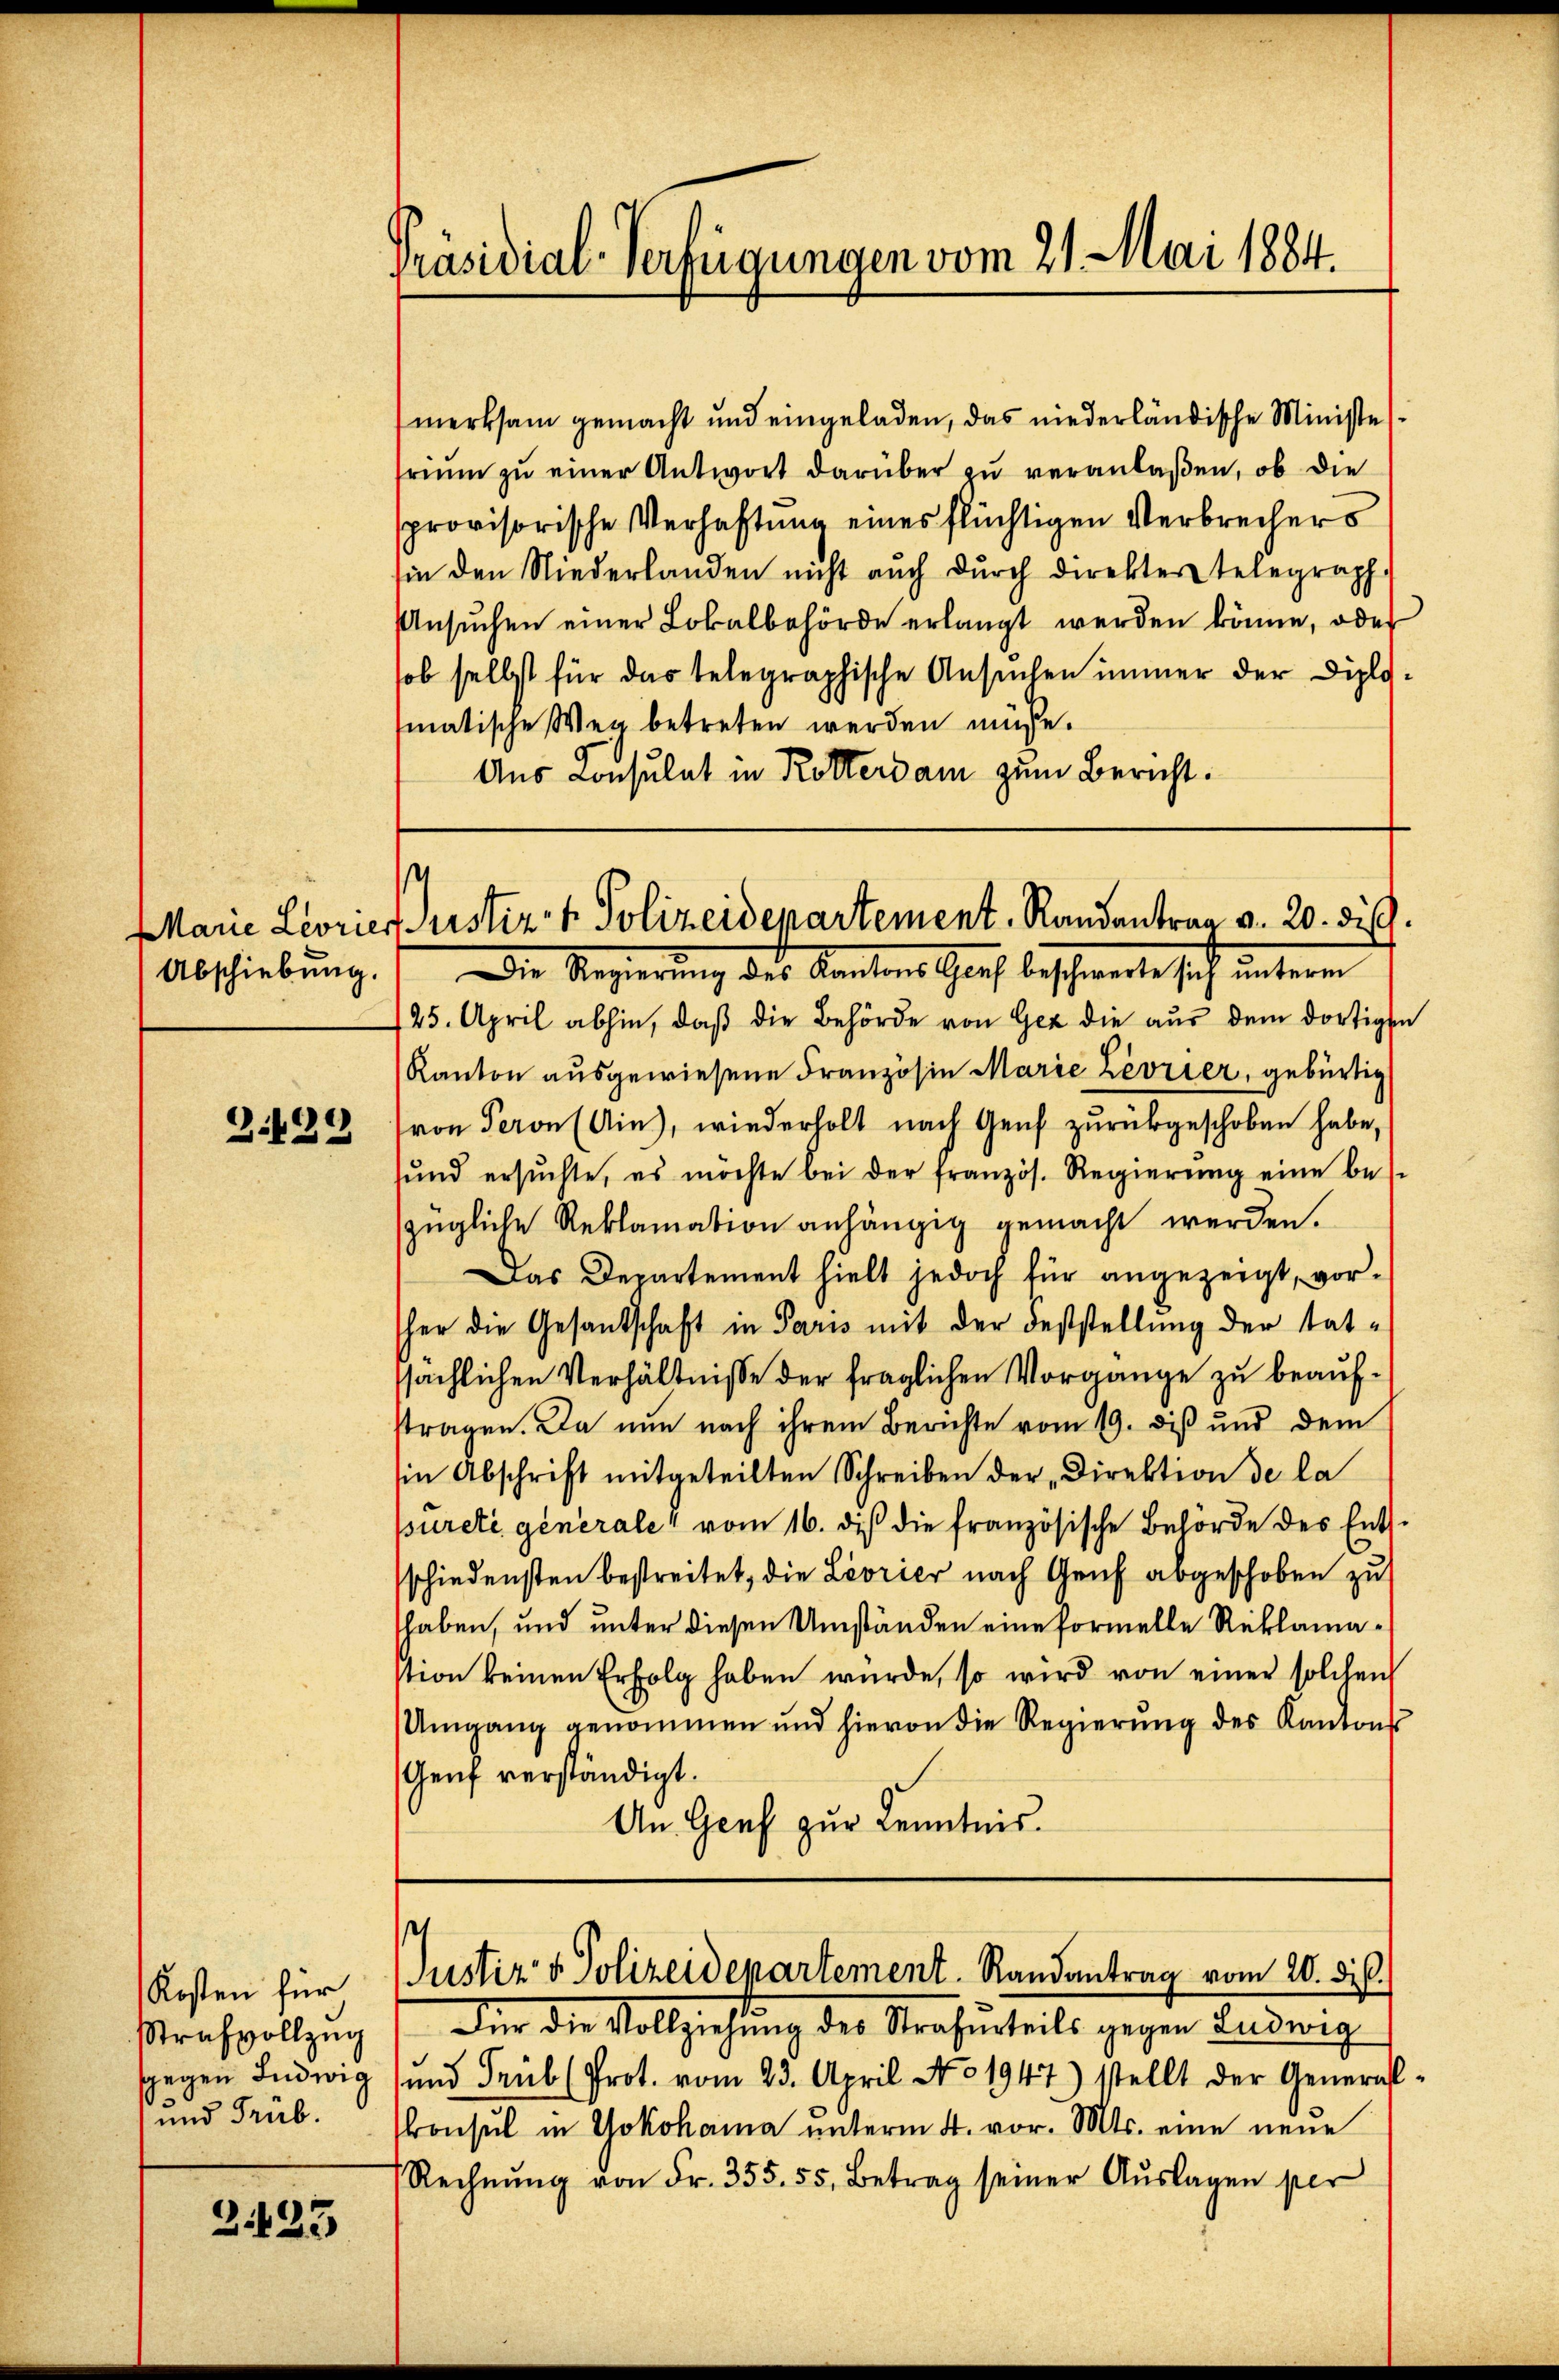
Marie Leorier
Abschiebung.

Z.429

Kosten für
Strafvollzug
sgegen Ludwig
und Trub.

Z 425

Präsidial-Verfügungen vom 21. Mai 1884.

merksam gemacht und eingeladen, das niederländische Ministesriŭm zŭ einer Antwort darüber zu veranlaßen, ob die
provisorische Verhaftung eines flüchtigen Verbrechers
sin den Niederlanden nicht auch dŭrch direkter telegraph
Ansŭchen einer Lokalbehörde erlangt werden könne, oder
sob selbst für das telegraphische Ansuchen immer der Diplomatische Weg betreten werden müsse.
Aus Konsulat in Rotterdam zum Bericht.

Justiz- & Polizeidepartement, Randantrag v. 20. ds.

Die Regierung des Kantons Genf beschwerte sich unterm
25. April abhin, daß die Behörde von Gez die aus dem dortigen
Kanton ausgewiesene Französin Marie Zevrier, gebürtig
von Peron(Ain), wiederholt nach Genf zurükgeschoben habe,
sŭnd ersŭchte, es möchte bei der französ. Regierŭng eine bes
zügliche Reklamation anhängig gemacht werden.
Das Departement hielt jedoch für angezeigt, vor-
her die Gesandschaft in Paris mit der Feststellung der tat-
ssächlichen Verhältnisse der fraglichen Vorgange zu beaufstragen. Da nun nach ihrem Berichte vom 19. diß und dem
sin Abschrift mitgeteilten Schreiben der Direktion de la
Bureté generale“ vom 16. di die französische Behörde des Entsschiedensten bestreitet, die Leorier nach Genf abgeschoben zu
haben, und unter diesen Umständen eine Formelle Reklamastion keinen Erfolg haben wurde, so wird von einer solchen
Umgang genommen und hievon die Regierŭng des Kantons
Genf verständigt.
An Genf zur Kenntnis.

s
Justiz & Polizeidepartement. Randantrag vom 20. di

Für die Vollziehung des Strafurteils gegen Ludwig
und Trub (Prot. vom 23. April No 1947) stellt der General-
Consul in Yokohama unterm 4. vor. Mts. eine neue
Rechnŭng von Fr. 355. 55, Betrag seiner Aŭslagen per